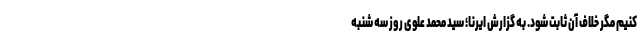
کنیم مگر خلاف آن ثابت شود. به گزارش ایرنا؛ سید محمد علوی روز سه شنبه